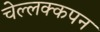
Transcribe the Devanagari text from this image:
चेल्लक्कपन